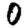
Digit: 0